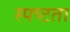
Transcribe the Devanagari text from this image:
स्‍पष्‍टता